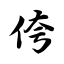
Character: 侉